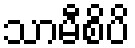
သာမီစိပိ